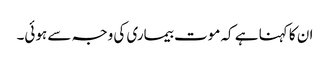
ان کا کہنا ہے کہ موت بیماری کی وجہ سے ہوئی۔